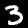
Label: 3